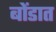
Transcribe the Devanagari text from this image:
बोंडात